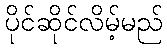
ပိုင်ဆိုင်လိမ့်မည်